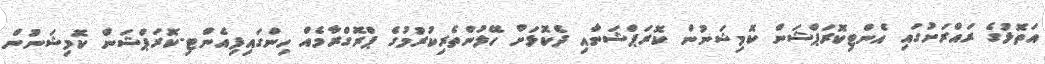
އަތޮޅުގެ ރައްރަށުގައި އެންޓިކޮރަޕްޝަން ކޮމިޝަނުން ކޮރަޕްޝަނާއި ދެކޮޅަށް ހޭލުންތެރިކުރުމުގެ ޕްރޮގްރާމެއް ހިންގައިފިއެންޓި-ކޮރަޕްޝަން ކޮމިޝަނުން